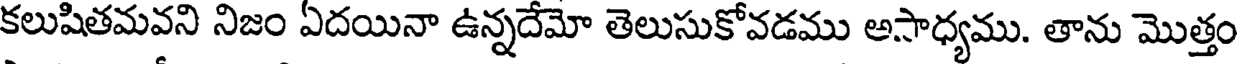
కలుషితమవని నిజం ఏదయినా ఉన్నదేమో తెలుసుకోవడము అసాధ్యము. తాను మొత్తం